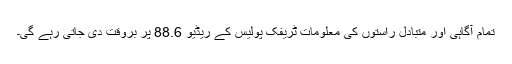
تمام آگاہی اور متبادل راستوں کی معلومات ٹریفک پولیس کے ریڈیو 88.6 پر بروقت دی جاتی رہے گی۔